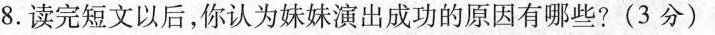
8.读完短文以后，你认为妹妹演出成功的原因有哪些?(3分)